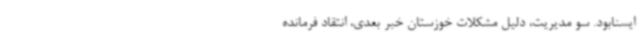
ایسنابود. سو مدیریت، دلیل مشکلات خوزستان خبر بعدی،‌ انتقاد فرمانده